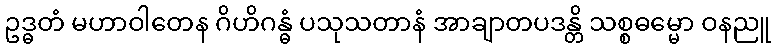
ဥဒ္ဓတံ မဟာဝါတေန ဂိဟိဂန္ဓံ ပသုသတာနံ အာချာတပဒန္တိ သစ္စဓမ္မော ဝနညူ